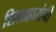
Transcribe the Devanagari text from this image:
शिलाहारांची